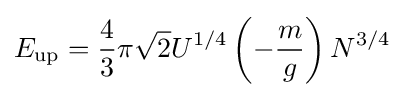
E_{\text{up}}={\frac {4}{3}}\pi {\sqrt {2}}U^{1/4}\left(-{\frac {m}{g}}\right)N^{3/4}